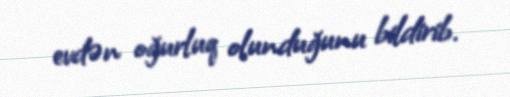
evdən oğurluq olunduğunu bildirib.